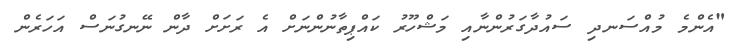
"އެންމެ މުއްސަނދި ސައުދާގަރުންނާއި މަޝްހޫރު ކައްޕިތާނުންނަށް އެ ރަށަށް ދާން ނޭނގުނަސް އަހަރެން